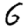
Digit: 6